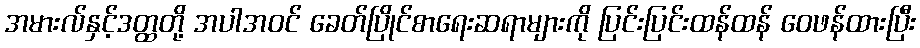
အမားလ်နှင့်ဒတ္ထတို့ အပါအဝင် ခေတ်ပြိုင်စာရေးဆရာများကို ပြင်းပြင်းထန်ထန် ဝေဖန်ထားပြီး